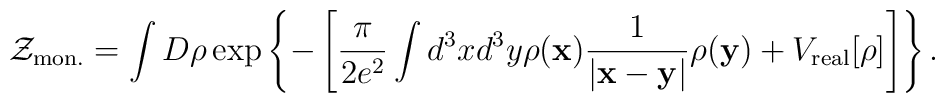
{\cal Z}_{\rm mon.}=\int D\rho \exp\left\{-\left[\frac{\pi}{2e^2}\int d^3xd^3y\rho({\bf x})\frac{1}{|{\bf x}-{\bf y}|}\rho({\bf y})+V_{\rm real}[\rho]\right]\right\}.